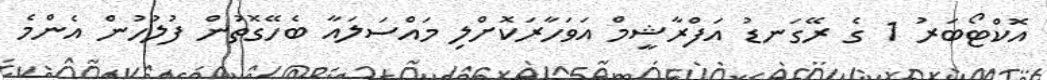
އޮކްޓޯބަރު 1 ގެ ރޭގަނޑު އަފްރާޝީމް އަވަހާރަކޮށްލި މައްސަލައާ ބެހޭގޮތުން ފުލުހުން އެންމެ